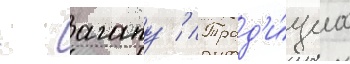
- агапу // Трад'и́циа